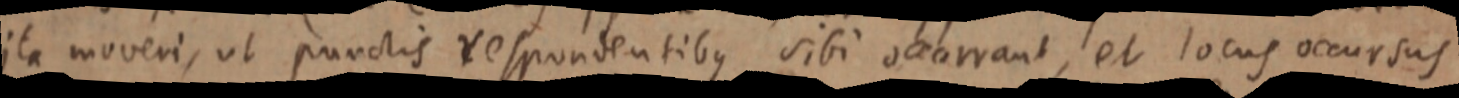
ita moveri, ut punctis respondentibus sibi occarrant, et locus occursus